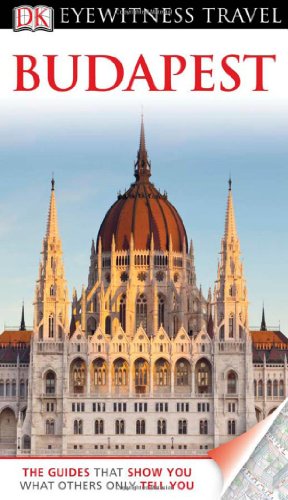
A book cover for Budapest. (DK Eyewitness Travel Guide); Collectif; Travel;